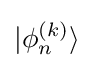
|\phi _{n}^{(k)}\rangle